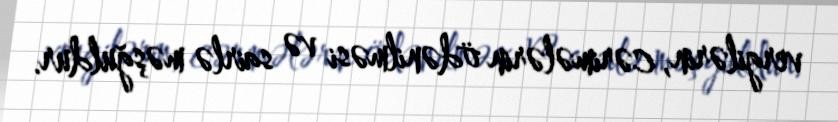
vergilərin, cərimələrin ödənilməsi və sairlə məşğuldur.